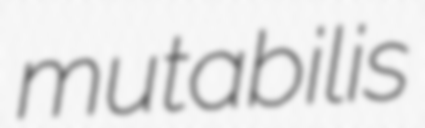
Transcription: mutabilis